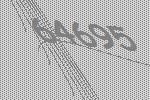
64695